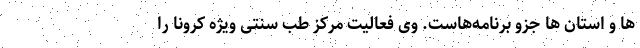
ها و استان ها جزو برنامه‌هاست. وی فعالیت مرکز طب سنتی ویژه کرونا را